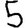
Digit: 5